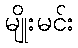
မျိုးမင်း